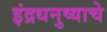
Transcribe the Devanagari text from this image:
इंद्रधनुष्याचे